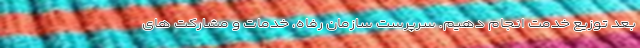
بعد توزیع خدمت انجام دهیم. سرپرست سازمان رفاه، خدمات و مشارکت های